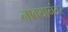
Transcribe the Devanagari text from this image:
नाक्यानंतर